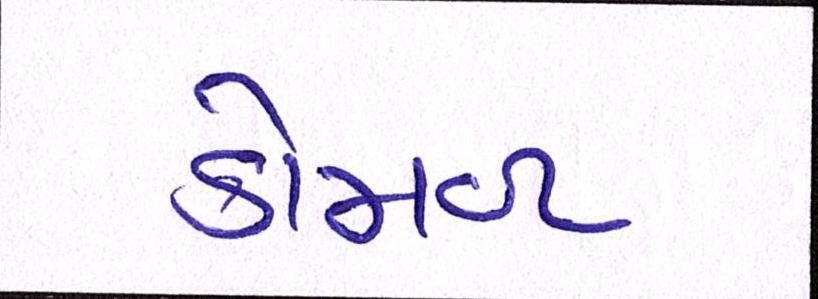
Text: કોમળ